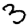
Digit: 3